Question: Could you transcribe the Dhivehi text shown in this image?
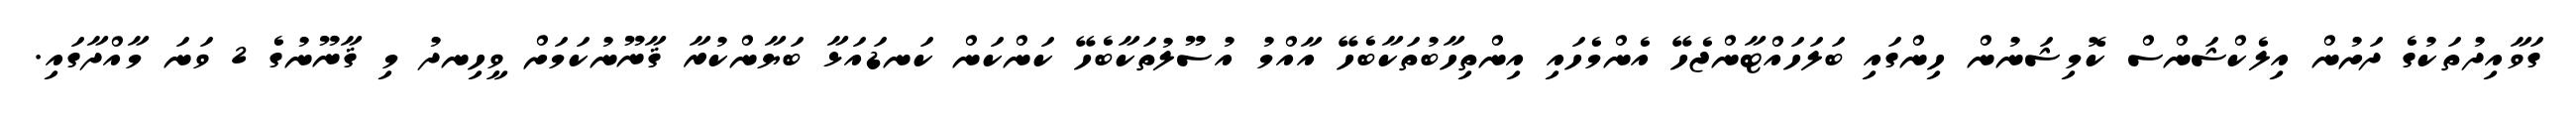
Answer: ގަވާއިދުތަކުގެ ދަށުން އިލެކްޝަންސް ކޮމިޝަނުން ހިންގައި ބަލަހައްޓާންޖެހޭ އެންމެހައި އިންތިހާބުތަކާބެހޭ އާއްމު އުސޫލުތަކާބެހޭ ކަންކަން ކަނޑައަޅާ ބަޔާންކުރާ ޤާނޫނުކަމަށް ވީހިނދު މި ޤާނޫނުގެ 2 ވަނަ މާއްދާގައި.